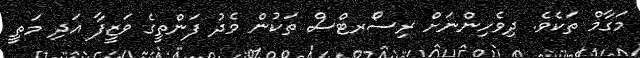
މަގާމް ތަކެވެ. ދިވެހިންނަށް ރިސޯރޓްސް ތަކުން މެދު ފަންތީގެ ވަޒީފާ އަދި މަތީ